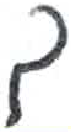
אות: ך